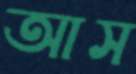
আস